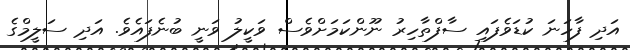
އަދި ފާހަނަ ކުޑަވެފައި ސާފްތާހިރު ނޫންކަމަށްވެސް ވަކީލު ވަނީ ބުނެފައެވެ. އަދި ސަލީމްގެ